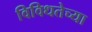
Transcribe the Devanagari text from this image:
विविधतेच्या